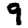
Digit: 9